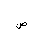
Letter: _sad